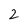
Character: 2